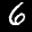
Label: 6